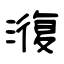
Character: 澓